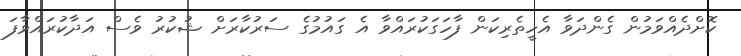
ކޮށްދެއްވަމުން ގެންދަވާ އެހީތެރިކަން ފާހަގަކުރައްވާ އެ ގައުމުގެ ސަރުކާރަށް ޝުކުރު ވެސް އަދާކުރައްވާފަ